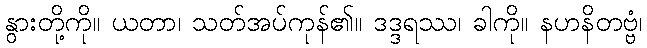
နွားတို့ကို။ ယတာ၊ သတ်အပ်ကုန်၏။ ဒဒ္ဒရဿ၊ ခါကို။ နဟနိတဗ္ဗံ၊